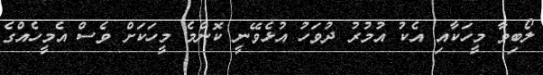
ލޯބިވާ މީހަކާއި އެކު އުމުރު ދުވަހު އުޅެވޭނީ ކޮންމެ މީހަކަށް ވެސް އެމީހެއްގެ